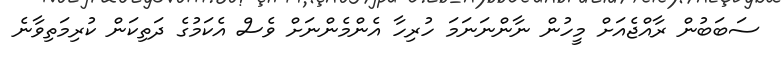
ސަބަބުން ރާއްޖެއަށް މީހުން ނާންނަނަމަ ހުރިހާ އެންމެންނަށް ވެސް އެކަމުގެ ދަތިކަން ކުރިމަތިވާނެ